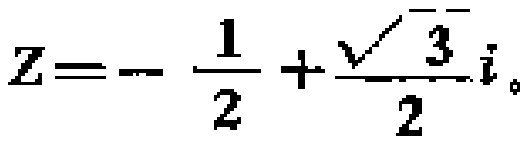
$Z=-\frac{1}{2}+\frac{\sqrt{3}}{2}i。$